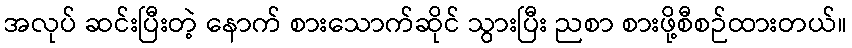
အလုပ် ဆင်းပြီးတဲ့ နောက် စားသောက်ဆိုင် သွားပြီး ညစာ စားဖို့စီစဉ်ထားတယ်။